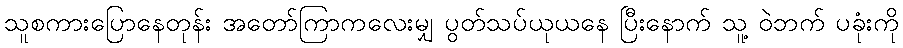
သူစကားပြောနေတုန်း အတော်ကြာကလေးမျှ ပွတ်သပ်ယုယနေ ပြီးနောက် သူ့ ဝဲဘက် ပခုံးကို